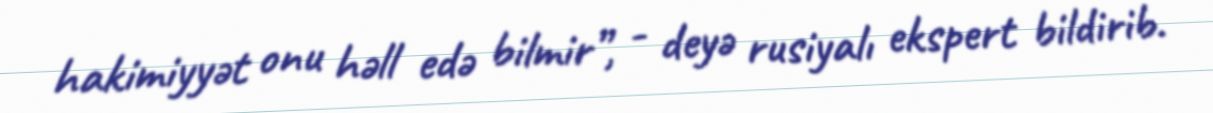
hakimiyyət onu həll edə bilmir”, - deyə rusiyalı ekspert bildirib.